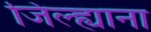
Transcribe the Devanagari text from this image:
जिल्ह्याना